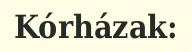
Kórházak: